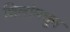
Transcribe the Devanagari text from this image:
शिलांमधून